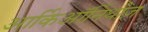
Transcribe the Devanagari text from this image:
आर्किऑर्निथीज़